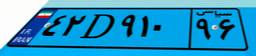
۰۲D۸۵۲۲۸